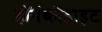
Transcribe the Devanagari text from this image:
हॉर्नब्लेंडाइट